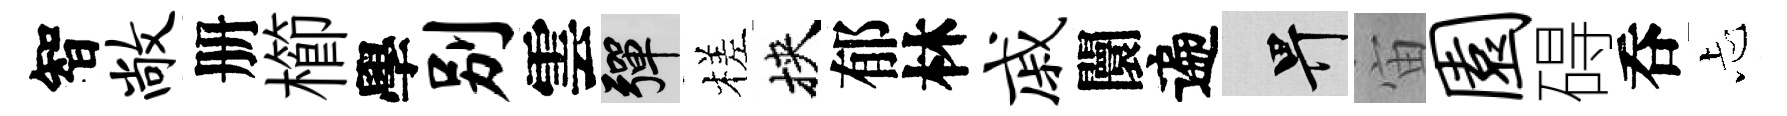
智敞册櫛學别雲彈槎挾郁林戚闤遍畀宙园碍呑忐